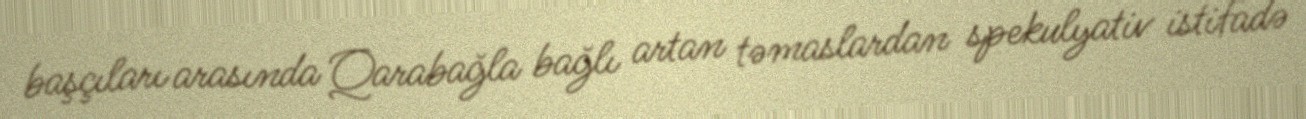
başçıları arasında Qarabağla bağlı artan təmaslardan spekulyativ istifadə